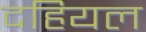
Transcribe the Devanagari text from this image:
दहियल